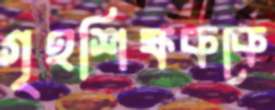
গৃহশিক্ষককে